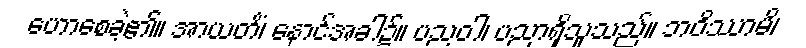
ဟောစေခဲ့၏။ အာယတိံ၊ နောင်အခါ၌။ ပညဝါ၊ ပညာရှိသူသည်။ ဘဝိဿာမိ၊